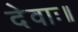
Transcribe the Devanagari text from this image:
देवाः॥